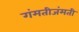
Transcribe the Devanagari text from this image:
गंमतीजंमती